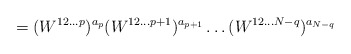
\begin{align*}=(W^{12\ldots p})^{a_p}(W^{12\ldots p+1})^{a_{p+1}}\ldots (W^{12\ldots N-q})^{a_{N-q}}\end{align*}